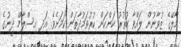
މާލޭގެ ޒުވާނުން ލައްވާ ހުތުރު ކަންކަން ކުރުވަމުދާތަން ކަމަށެވެ. އަދި އިސްލާމް ދީނުގެ